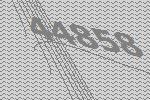
44858